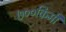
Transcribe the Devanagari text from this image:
७००किमी